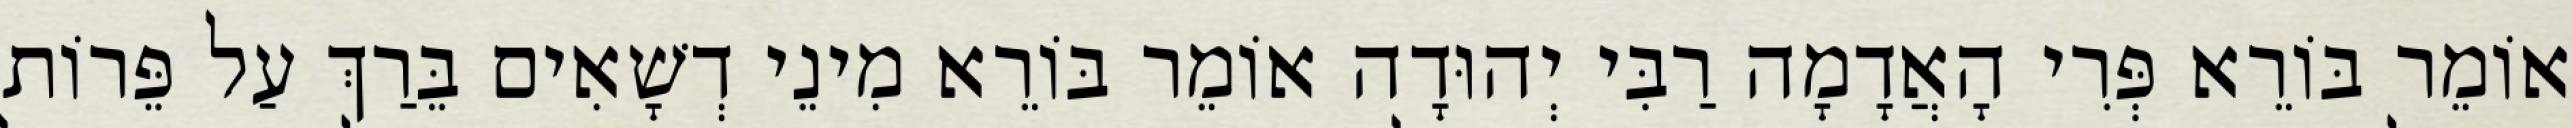
אוֹמֵר בּוֹרֵא פְּרִי הָאֲדָמָה רַבִּי יְהוּדָה אוֹמֵר בּוֹרֵא מִינֵי דְשָׁאִים בֵּרַךְ עַל פֵּרוֹת